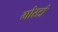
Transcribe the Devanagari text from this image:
मोस्टो